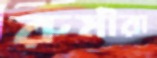
রুমীরা